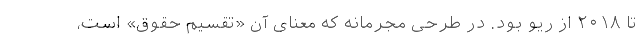
تا ۲۰۱۸ از ریو بود. در طرحی مجرمانه که معنای آن «تقسیم حقوق» است،